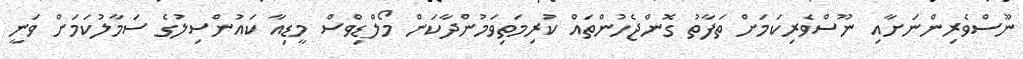
ނޫސްވެރިންނަށާއި ނޫސްވެރިކަމަށް ތަފާތު ގޮންޖެހުންތައް ކުރިމަތިވަމުންދާކަން މޯލްޑިވްސް މީޑިއާ ކައުންސިލުގެ ސަމާލުކަމަށް ވަނީ